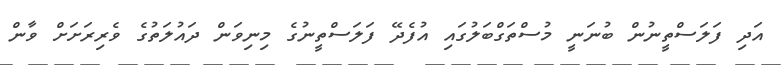
އަދި ފަލަސްތީނުން ބުނަނީ މުސްތަގްބަލުގައި އުފެދޭ ފަލަސްތީނުގެ މިނިވަން ދައުލަތުގެ ވެރިރަށަށް ވާން